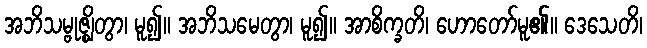
အဘိသမ္ဗုဇ္ဈိတွာ၊ မူ၍။ အဘိသမေတွာ၊ မူ၍။ အာစိက္ခတိ၊ ဟောတော်မူ၏။ ဒေသေတိ၊